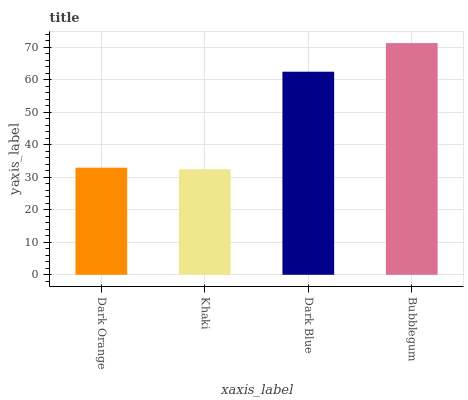
| xaxis_label | bars |
 | --- | --- |
 | Dark Orange | 32.9 |
 | Khaki | 32.4 |
 | Dark Blue | 62.4 |
 | Bubblegum | 71.2 |